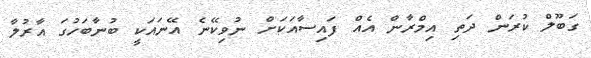
ގަބޫލް ކުރަން ދަތި އިމްރާން އެއް ފައިސާއަކަށް ނުވިކޭނެ އޭނައަކީ ބުނާބަހުގަ އާރުލާ